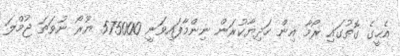
އެހީގެ ގޮތުގައި ރޯމާ އިން ހަދިޔާކުރަން ނިންމާފައިވަނީ 575000 ޔޫރޯ ނުވަތަ ޖުމްލަ